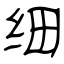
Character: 细